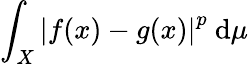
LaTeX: \int_{X}\left|f(x)-g(x)\right|^{p}~\mathrm{d}\mu